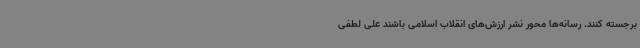
برجسته کنند. رسانه‌ها محور نشر ارزش‌های انقلاب اسلامی باشند علی لطفی